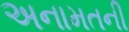
અનામતની